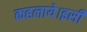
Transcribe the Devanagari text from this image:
कहलाये।इसी